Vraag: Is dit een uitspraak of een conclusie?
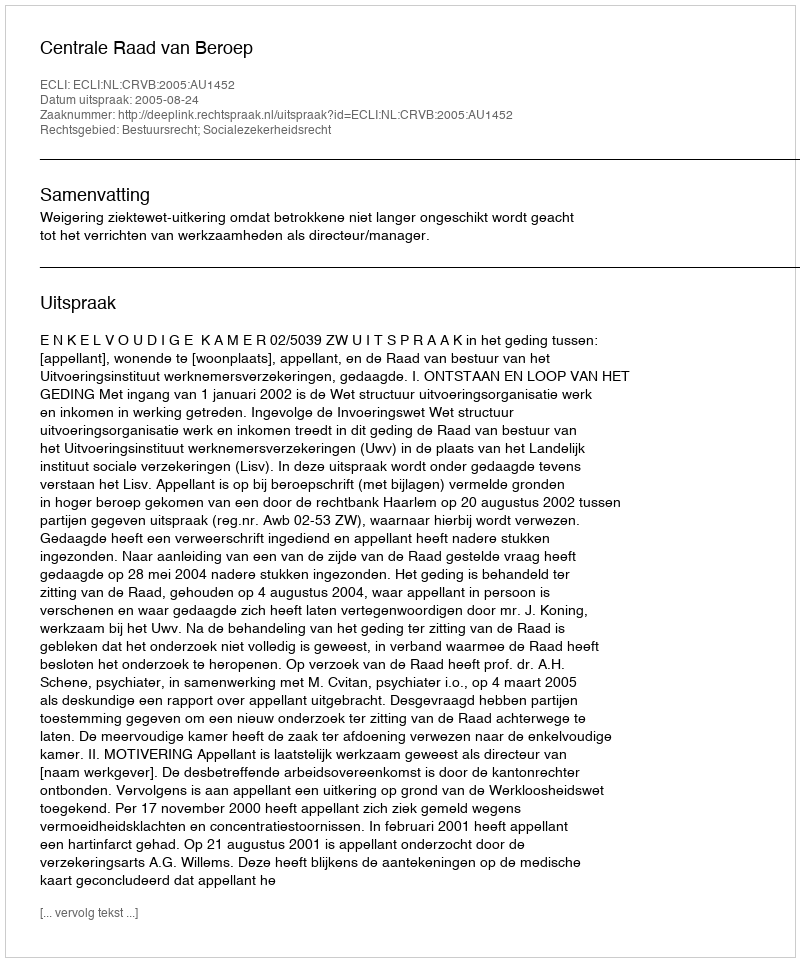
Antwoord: Uitspraak